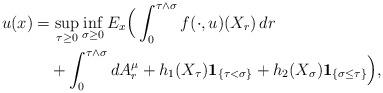
\begin{align*} u(x)&=\sup_{\tau\ge 0}\inf_{\sigma\ge 0}E_x\Big(\int_0^{\tau\wedge\sigma}f(\cdot,u)(X_r)\,dr\\&\quad+\int_0^{\tau\wedge\sigma}dA^\mu_r+h_1(X_\tau)\mathbf{1}_{\{\tau<\sigma\}}+h_2(X_\sigma)\mathbf{1}_{\{\sigma\le\tau\}}\Big),\end{align*}